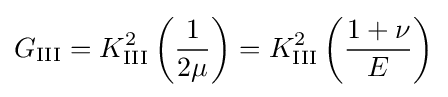
G_{\rm {III}}=K_{\rm {III}}^{2}\left({\frac {1}{2\mu }}\right)=K_{\rm {III}}^{2}\left({\frac {1+\nu }{E}}\right)